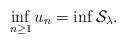
LaTeX: \begin{align*}\inf_{n\geq 1} u_n=\inf \mathcal{S}_\lambda. \end{align*}